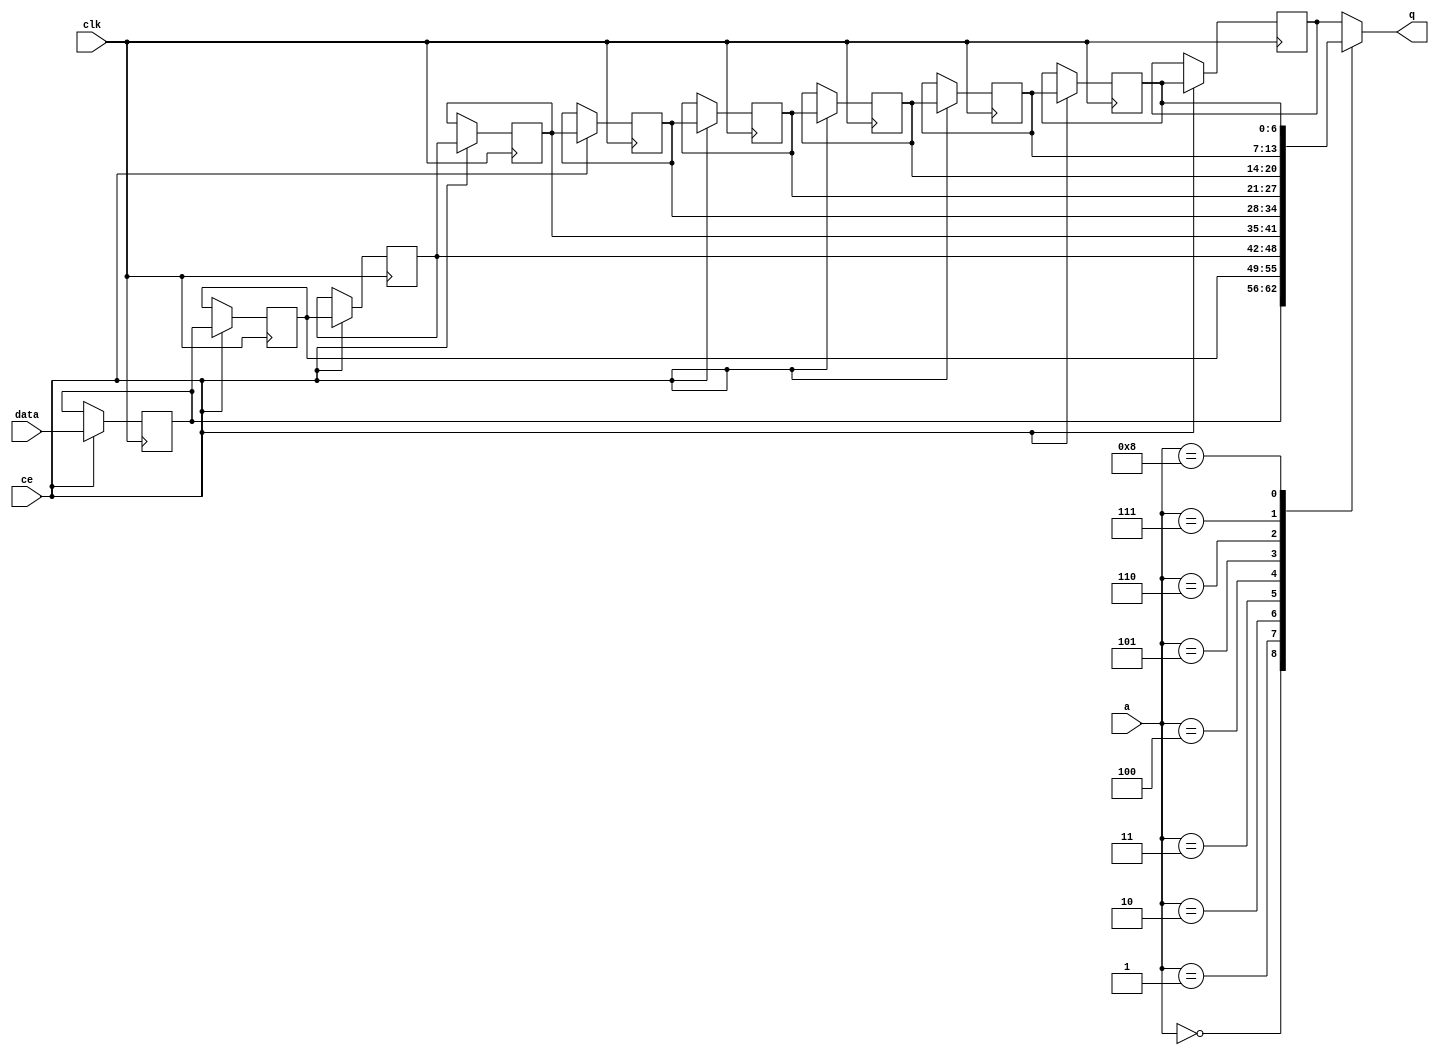
module td_fused_top_fifo_w7_d10_S_shiftReg (
    clk,
    data,
    ce,
    a,
    q);

parameter DATA_WIDTH = 32'd7;
parameter ADDR_WIDTH = 32'd4;
parameter DEPTH = 5'd10;

input clk;
input [DATA_WIDTH-1:0] data;
input ce;
input [ADDR_WIDTH-1:0] a;
output [DATA_WIDTH-1:0] q;

reg[DATA_WIDTH-1:0] sr_0, sr_1, sr_2, sr_3, sr_4, sr_5, sr_6, sr_7, sr_8, sr_9;
integer i;

always @ (posedge clk)
    begin
        if (ce)
        begin
            sr_0 <= data;
            sr_1 <= sr_0;
            sr_2 <= sr_1;
            sr_3 <= sr_2;
            sr_4 <= sr_3;
            sr_5 <= sr_4;
            sr_6 <= sr_5;
            sr_7 <= sr_6;
            sr_8 <= sr_7;
            sr_9 <= sr_8;


        end
    end

always @( sr_0, sr_1, sr_2, sr_3, sr_4, sr_5, sr_6, sr_7, sr_8, sr_9, a) begin
   case (a)
      4'd0: q = sr_0;
      4'd1: q = sr_1;
      4'd2: q = sr_2;
      4'd3: q = sr_3;
      4'd4: q = sr_4;
      4'd5: q = sr_5;
      4'd6: q = sr_6;
      4'd7: q = sr_7;
      4'd8: q = sr_8;
      4'd9: q = sr_9;
      default: q = sr_9;
   endcase
end

endmodule